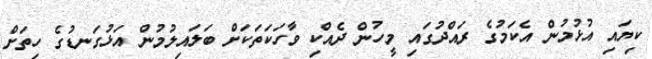
ކިޔައި އުޅުމުން އެކަމުގެ ރައްދުގައި މީހުން ދެއްކި ވާހަކަތަކަށް ބަލައިލުމުން އަޅުގަނޑުގެ ހިތަށް